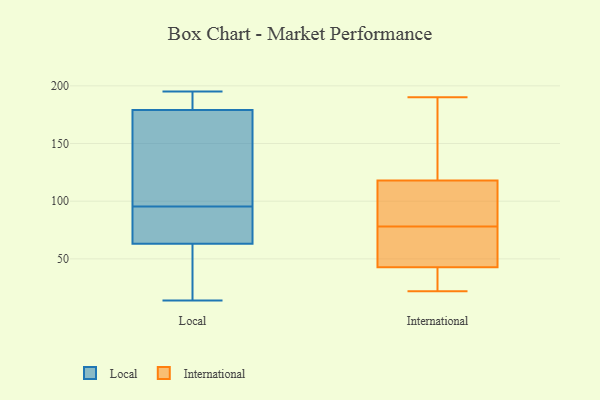
{"axis": {"x": "Conversion Rate (%)", "y": "Value"}, "legend": ["International", "Local"], "data": [{"x": "", "y": 14, "type": "Local"}, {"x": "", "y": 144, "type": "Local"}, {"x": "", "y": 179, "type": "Local"}, {"x": "", "y": 86, "type": "Local"}, {"x": "", "y": 16, "type": "Local"}, {"x": "", "y": 195, "type": "Local"}, {"x": "", "y": 63, "type": "Local"}, {"x": "", "y": 105, "type": "Local"}, {"x": "", "y": 182, "type": "Local"}, {"x": "", "y": 69, "type": "Local"}, {"x": "", "y": 112, "type": "International"}, {"x": "", "y": 190, "type": "International"}, {"x": "", "y": 119, "type": "International"}, {"x": "", "y": 84, "type": "International"}, {"x": "", "y": 99, "type": "International"}, {"x": "", "y": 66, "type": "International"}, {"x": "", "y": 52, "type": "International"}, {"x": "", "y": 31, "type": "International"}, {"x": "", "y": 184, "type": "International"}, {"x": "", "y": 39, "type": "International"}, {"x": "", "y": 164, "type": "International"}, {"x": "", "y": 129, "type": "International"}, {"x": "", "y": 22, "type": "International"}, {"x": "", "y": 40, "type": "International"}, {"x": "", "y": 45, "type": "International"}, {"x": "", "y": 115, "type": "International"}, {"x": "", "y": 78, "type": "International"}, {"x": "", "y": 42, "type": "International"}, {"x": "", "y": 75, "type": "International"}]}